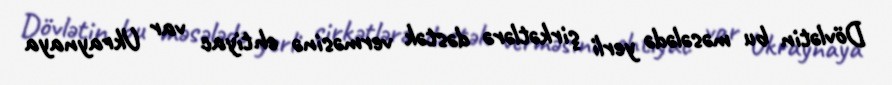
Dövlətin bu məsələdə yerli şirkətlərə dəstək verməsinə ehtiyac var Ukraynaya